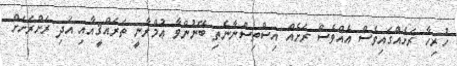
ހުރިހާ ރަށެއްގައިވެސް އެއްވެސް ރަށެއް އިސްތިސްނާނެތި ބޭނުންވާ ޢުމްރާނީ ތަރައްޤީއާއި އަދި ރަށްރަށަށް